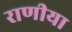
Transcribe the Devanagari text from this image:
राणीया